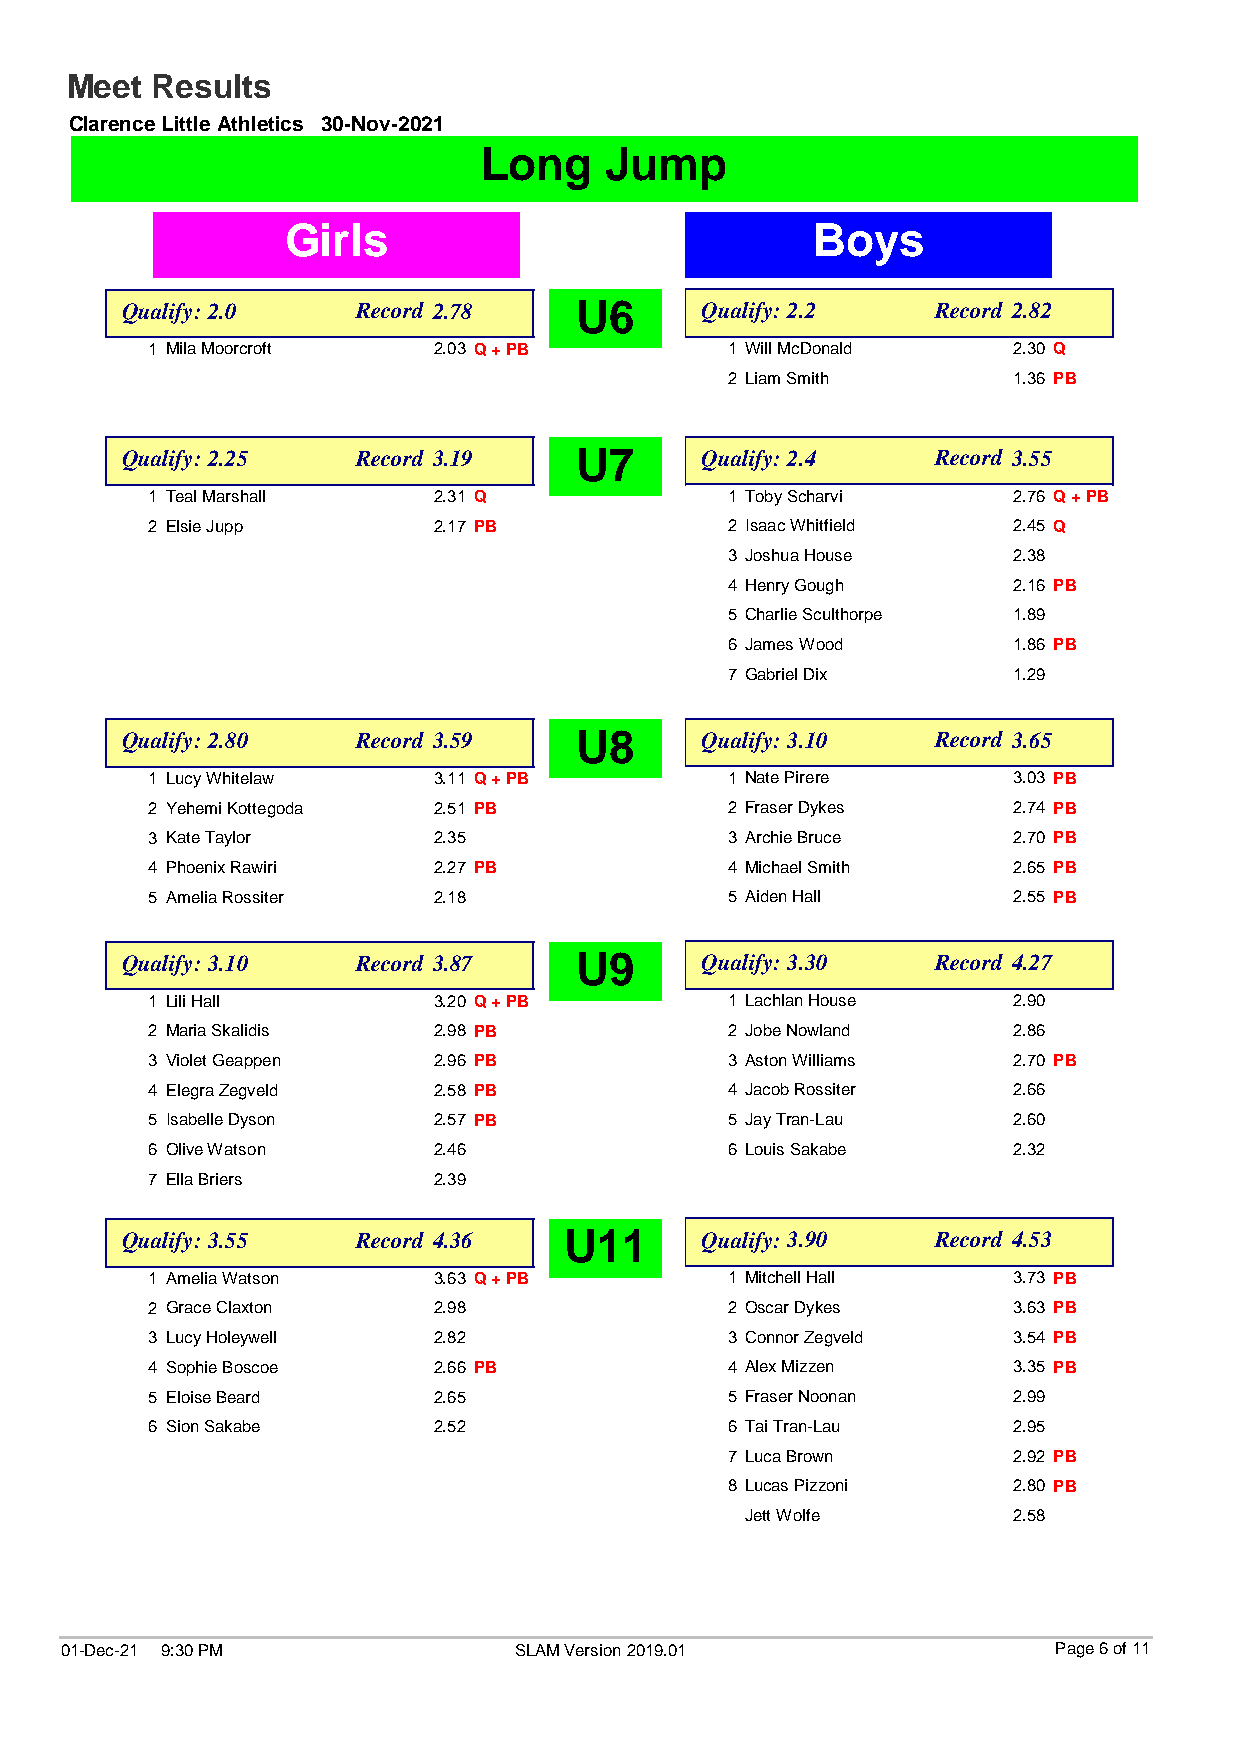
Meet  Results
 Clarence Little Athletics 30-Nov-2021
 Long    Jump
 Girls                              Boys
 Qualify: 2.0    Record 2.78   U6      Qualify: 2.2    Record 2.82
 1 Mila Moorcroft   2.03 Q + PB        1 Will McDonald    2.30 Q
 2 Liam Smith       1.36 PB
 Qualify: 2.25   Record 3.19   U7      Qualify: 2.4    Record 3.55
 1 Teal Marshall    2.31 Q             1 Toby Scharvi     2.76 Q + PB
 2 Elsie Jupp       2.17 PB            2 Isaac Whitfield  2.45 Q
 3 Joshua House     2.38
 4 Henry Gough      2.16 PB
 5 Charlie Sculthorpe 1.89
 6 James Wood       1.86 PB
 7 Gabriel Dix      1.29
 Qualify: 2.80   Record 3.59   U8      Qualify: 3.10   Record 3.65
 1 Lucy Whitelaw    3.11 Q + PB        1 Nate Pirere      3.03 PB
 2 Yehemi Kottegoda 2.51 PB            2 Fraser Dykes     2.74 PB
 3 Kate Taylor      2.35               3 Archie Bruce     2.70 PB
 4 Phoenix Rawiri   2.27 PB            4 Michael Smith    2.65 PB
 5 Amelia Rossiter  2.18               5 Aiden Hall       2.55 PB
 Qualify: 3.10   Record 3.87   U9      Qualify: 3.30   Record 4.27
 1 Lili Hall        3.20 Q + PB        1 Lachlan House    2.90
 2 Maria Skalidis   2.98 PB            2 Jobe Nowland     2.86
 3 Violet Geappen   2.96 PB            3 Aston Williams   2.70 PB
 4 Elegra Zegveld   2.58 PB            4 Jacob Rossiter   2.66
 5 Isabelle Dyson   2.57 PB            5 Jay Tran-Lau     2.60
 6 Olive Watson     2.46               6 Louis Sakabe     2.32
 7 Ella Briers      2.39
 Qualify: 3.55   Record 4.36  U11      Qualify: 3.90   Record 4.53
 1 Amelia Watson    3.63 Q + PB        1 Mitchell Hall    3.73 PB
 2 Grace Claxton    2.98               2 Oscar Dykes      3.63 PB
 3 Lucy Holeywell   2.82               3 Connor Zegveld   3.54 PB
 4 Sophie Boscoe    2.66 PB            4 Alex Mizzen      3.35 PB
 5 Eloise Beard     2.65               5 Fraser Noonan    2.99
 6 Sion Sakabe      2.52               6 Tai Tran-Lau     2.95
 7 Luca Brown       2.92 PB
 8 Lucas Pizzoni    2.80 PB
 Jett Wolfe        2.58
 01-Dec-21 9:30 PM             SLAM Version 2019.01                Page 6 of 11